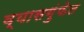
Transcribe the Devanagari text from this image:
व्यासगुंफेत